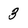
Character: 3